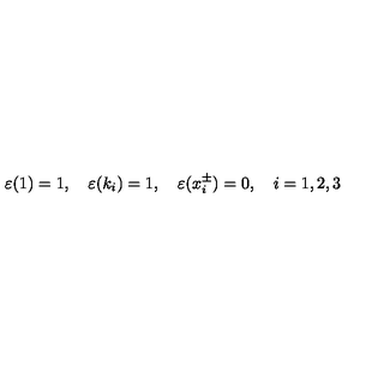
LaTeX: \varepsilon ( 1 ) = 1 , \quad \varepsilon ( k _ { i } ) = 1 , \quad \varepsilon ( x _ { i } ^ { \pm } ) = 0 , \quad i = 1 , 2 , 3